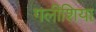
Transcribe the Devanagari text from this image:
गलीशिया